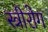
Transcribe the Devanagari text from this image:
स्‍त्रीरोग